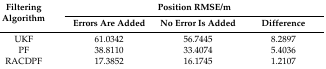
<table><thead><tr><td rowspan="2"><b>Filtering Algorithm</b></td><td colspan="3"><b>Position RMSE/m</b></td></tr><tr><td><b>Errors Are Added</b></td><td><b>No Error Is Added</b></td><td><b>Difference</b></td></tr></thead><tbody><tr><td>UKF</td><td>61.0342</td><td>56.7445</td><td>8.2897</td></tr><tr><td>PF</td><td>38.8110</td><td>33.4074</td><td>5.4036</td></tr><tr><td>RACDPF</td><td>17.3852</td><td>16.1745</td><td>1.2107</td></tr></tbody></table>